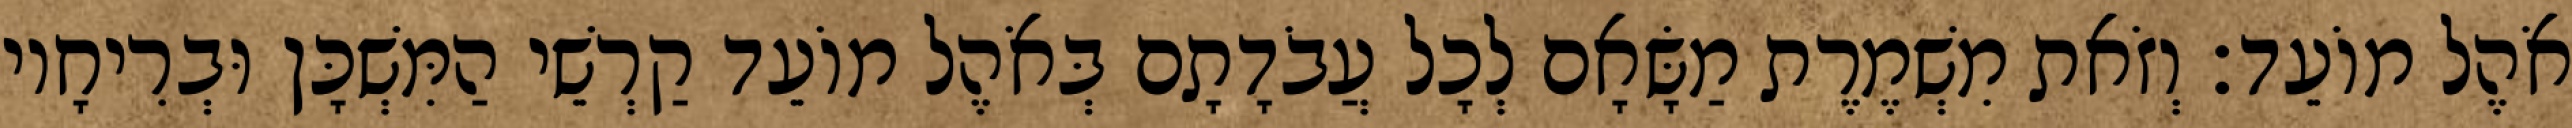
אֹהֶל מוֹעֵד׃ וְזֹאת מִשְׁמֶרֶת מַשָּׂאָם לְכָל עֲבֹדָתָם בְּאֹהֶל מוֹעֵד קַרְשֵׁי הַמִּשְׁכָּן וּבְרִיחָיו